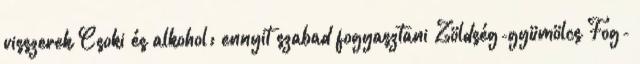
visszerek Csoki és alkohol: ennyit szabad fogyasztani Zöldség-gyümölcs Fog-